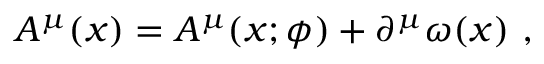
A ^ { \mu } ( x ) = A ^ { \mu } ( x ; \phi ) + \partial ^ { \mu } \omega ( x ) \ ,